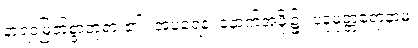
နာရဒမြတ်စွာဘုရား၏။ အပရေန၊ နောက်အဖို့၌။ ပဒုမုတ္တရောနာမ၊